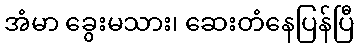
အံမာ ခွေးမသား၊ ဆေးတံနေပြန်ပြီ